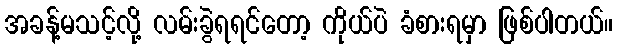
အခန့်မသင့်လို့ လမ်းခွဲရရင်တော့ ကိုယ်ပဲ ခံစားရမှာ ဖြစ်ပါတယ်။